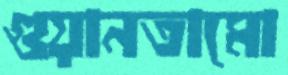
গুয়ানতামো